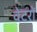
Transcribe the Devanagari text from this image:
वेटरों